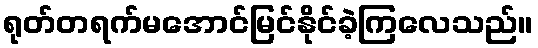
ရုတ်တရက်မအောင်မြင်နိုင်ခဲ့ကြလေသည်။